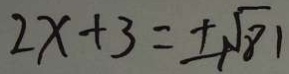
2 x + 3 = \pm \sqrt { 8 1 }